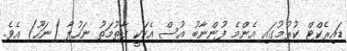
ޑައިރެކްޓް ކުރުމުގައި އެންމެ ފުންނާބު އުސް އެކަކީ ފާތުމަތު ނަހުލާ (ނަހޫ) އެވެ.